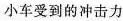
小车受到的冲击力